Burma Government Medical School reports 1907-22
Year: 1907
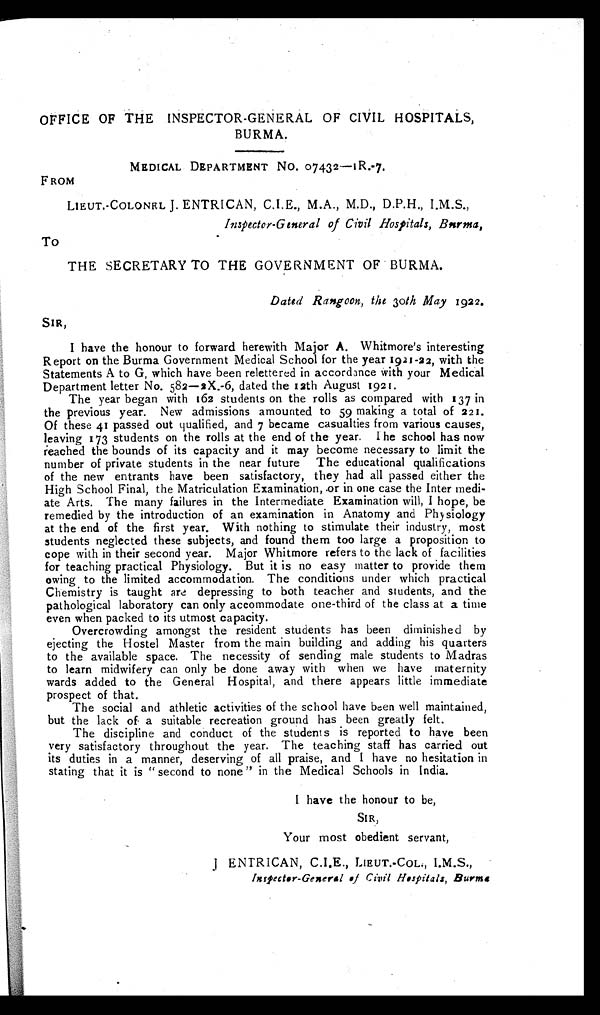
OFFICE OF THE INSPECTOR-GENERAL OF CIVIL HOSPITALS,
BURMA.
MEDICAL DEPARTMENT NO. 07432-1R.7.
F ROM
LIEUT.-COLONEL J. ENTRICAN, C.I.E., M.A., M.D., D.P.H., I.M.S.,
Inspector-General of Civil Hospitals, Burma.
To
THE SECRETARY TO THE GOVERNMENT OF BURMA.
Dated Rangoon, the 30th May 1922.
SIR,
I have the honour to forward herewith Major A. Whitmore's interesting
Report on the Burma Government Medical School for the year 1921-22, with the
Statements A to G, which have been relettered in accordance with your Medical
Department letter No. 582-2X.-6, dated the 12th August 1921.
The year began with 162 students on the rolls as compared with 137 in
the previous year. New admissions amounted to 59 making a total of 221.
Of these 41 passed out qualified, and 7 became casualties from various causes,
leaving 173 students on the rolls at the end of the year. The school has now
reached the bounds of its capacity and it may become necessary to limit the
number of private students in the near future The educational qualifications
of the new entrants have been satisfactory, they had all passed either the
High School Final, the Matriculation Examination, .or in one case the Inter medi
- a t e A r t s . T h e m a n y f a i l u r e s i n t h e I n t e r m e d i a t e E x a m i n a t i o n w i l l , I h o p e , b e
remedied by the introduction of an examination in Anatomy and Physiology
at the end of the first year. With nothing to stimulate their industry, most
students neglected these subjects, and found them too large a proposition to
cope with in their second year. Major Whitmore refers to the lack of facilities
for teaching practical Physiology. But it is no easy matter to provide them
owing to the limited accommodation. The conditions under which practical
Chemistry is taught are depressing to both teacher and students, and the
pathological laboratory can only accommodate one-third of the class at a time
even when packed to its utmost capacity.
Overcrowding amongst the resident students has been diminished by
ejecting the Hostel Master from the main building and adding his quarters
to the available space. The necessity of sending male students to Madras
to learn midwifery can only be done away with when we have maternity
wards added to the General Hospital, and there appears little immediate
prospect of that.
The social and athletic activities of the school have been well maintained,
but the lack of a suitable recreation ground has been greatly felt.
The discipline and conduct of the students is reported to have been
very satisfactory throughout the year. The teaching staff has carried out
its duties in a manner, deserving of all praise, and I have no hesitation in
stating that it is " second to none " in the Medical Schools in India.
I have the honour to be,
SIR,
Your most obedient servant,
L I E U T . - C O L . , I . M . S . ,
Inspector-General of Civil Hospitals, Burma